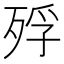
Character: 殍